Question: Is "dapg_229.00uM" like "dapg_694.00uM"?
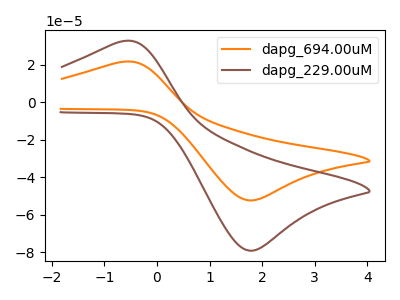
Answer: <think>The orange curve "dapg_694.00uM" has an anodic peak at (-0.65V, 21.50uA) and a cathodic peak at (1.80V, -52.30uA). The brown curve "dapg_229.00uM" has an anodic peak at (-0.65V, 32.45uA) and a cathodic peak at (1.80V, -79.05uA).
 All the peaks in "dapg_229.00uM" have a peak in "dapg_694.00uM" at the same potential. Every peak in "dapg_229.00uM" is higher than every peak in "dapg_694.00uM".</think>
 <answer>"dapg_229.00uM" and "dapg_694.00uM" are similar in shape.</answer>
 <eval>same_shape</eval>